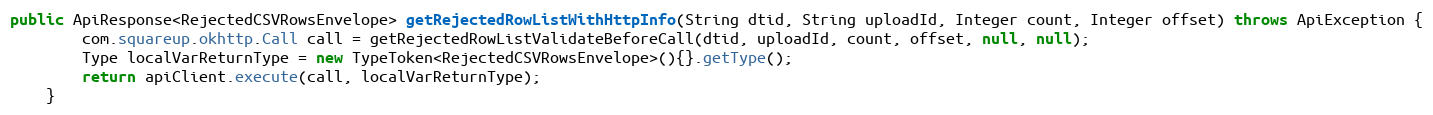
Language: Java
public ApiResponse<RejectedCSVRowsEnvelope> getRejectedRowListWithHttpInfo(String dtid, String uploadId, Integer count, Integer offset) throws ApiException {
        com.squareup.okhttp.Call call = getRejectedRowListValidateBeforeCall(dtid, uploadId, count, offset, null, null);
        Type localVarReturnType = new TypeToken<RejectedCSVRowsEnvelope>(){}.getType();
        return apiClient.execute(call, localVarReturnType);
    }